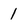
Character: 1